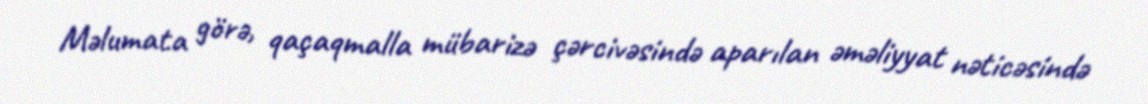
Məlumata görə, qaçaqmalla mübarizə çərcivəsində aparılan əməliyyat nəticəsində